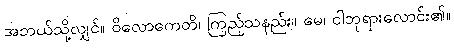
အဘယ်သို့လျှင်။ ဝိလောကေတိ၊ ကြည့်သနည်း။ မေ၊ ငါဘုရားလောင်း၏။